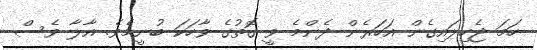
ހަމަ ޖެހިލައިގެން އަހަރެން ދެންމެ ވީ ގޮތުގެ ވާހަކަ ބުނީމެވެ. އާލާ ވެސް